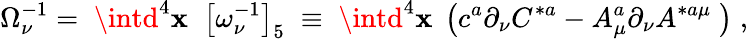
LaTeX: \Omega_{\nu}^{-1}=\; \intd^{4}\mathbf{x}\; \; \left[\omega_{\nu}^{-1}\right]_{5}\; \equiv\; \intd^{4}\mathbf{x}\; \left(c^{a}\partial_{\nu}C^{*a}-A_{\mu}^{a}\partial_{\nu}A^{*a\mu}\; \right)\; ,